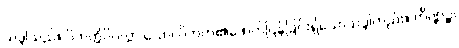
သဒ္ဒါသည်။ ဝိဘတ္တိပိပလ္လာ သော၊ ဝိဘတ်၏ဖောက်ပြန်ခြင်းရှိသောသဒ္ဒါတည်း။ တိဏ္ဏဉ္စ၊